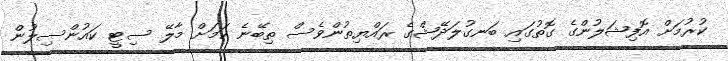
ކުރުމަށް އޮފިޝަލުންގެ ގޮތުގައި ބަނގުލަދޭޝްގެ ރައްޔިތުންވެސް ތިބޭނެ ކަމަށް މާލޭ ސިޓީ ކައުންސިލުން